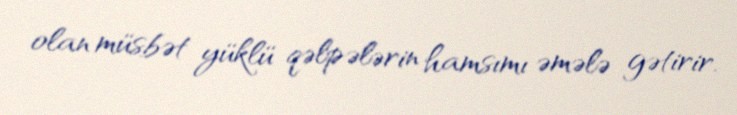
olan müsbət yüklü qəlpələrin hamsımı əmələ gətirir.